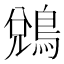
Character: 𪁑